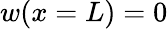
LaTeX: w(x=L)=0